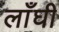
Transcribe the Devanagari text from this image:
लाँघी